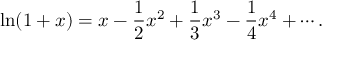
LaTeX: \ln ( 1 + x ) = x - { \frac { 1 } { 2 } } x ^ { 2 } + { \frac { 1 } { 3 } } x ^ { 3 } - { \frac { 1 } { 4 } } x ^ { 4 } + \cdots .